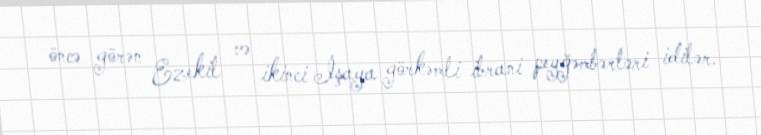
öncə görən Ezekil və ikinci İşaya görkəmli ibrani peyğəmbərləri idilər.